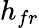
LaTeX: h_{fr}